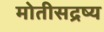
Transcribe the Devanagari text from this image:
मोतीसद्रष्य